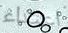
اعتداء